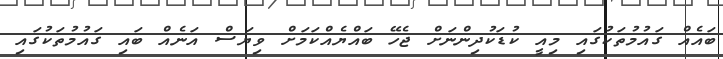
ބައެއް ގައުމުތަކުގައި މިއީ ކުޑަކުދިންނަށް ޖެހޭ ބައްޔެއްކަމަށް ވިޔަސް އަނެއް ބައި ގައުމުތަކުގައި